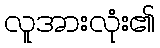
လူအားလုံး၏